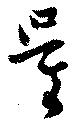
量